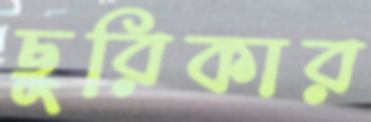
ছুরিকার